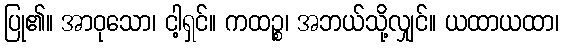
ပြု၏။ အာဝုသော၊ ငါ့ရှင်။ ကထဉ္စ၊ အဘယ်သို့လျှင်။ ယထာယထာ၊